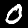
Digit: 0